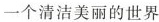
一个清洁美丽的世界